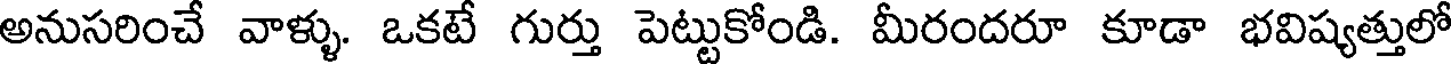
అనుసరించే వాళ్ళు. ఒకటే గుర్తు పెట్టుకోండి. మీరందరూ కూడా భవిష్యత్తులో